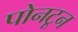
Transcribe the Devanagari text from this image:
पोनटून